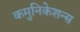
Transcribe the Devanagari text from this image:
कमुनिकेशन्स